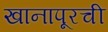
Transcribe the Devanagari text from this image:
खानापूरची